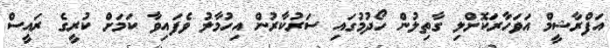
އަފްރާޝީމް އަވަހާރަކޮށްލި ގާތިލުން ހޯދުމުގައި ސަރުކާރުން އިހުމާލު ވެފައިވާ ކަމަށް ކުރީގެ ރައީސް